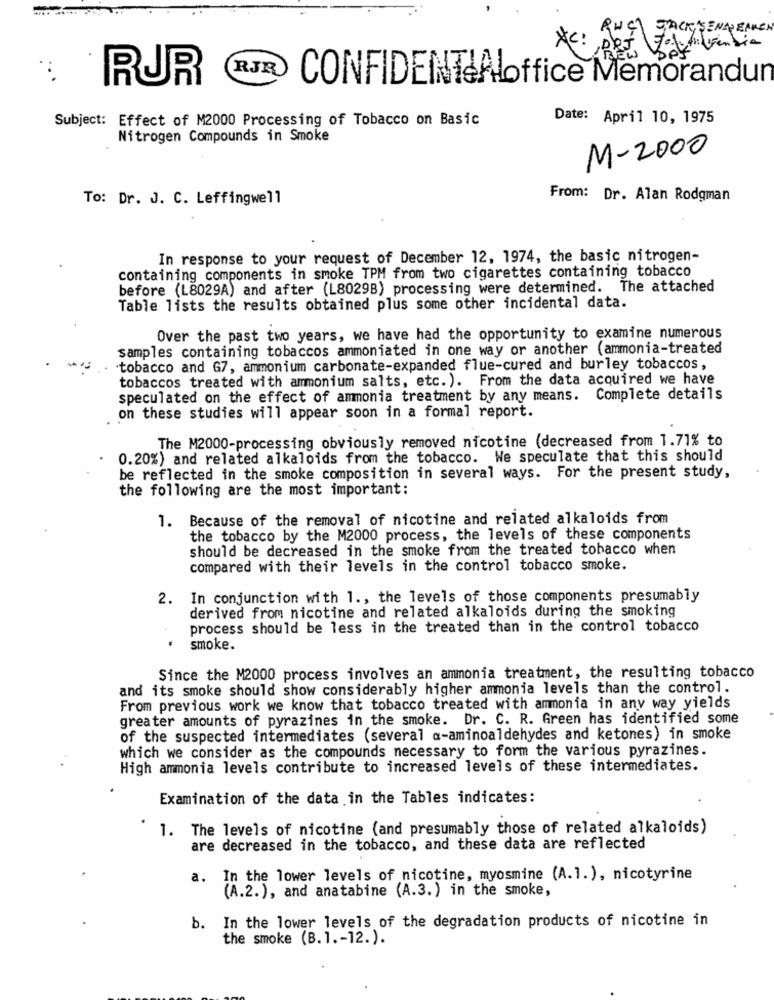
RUCI JACK, SENAPEAREN
XC: PRETO Vendia
(RJR
RUR
CONFIDENT&Aloffice Memorandun
Subject: Effect of M2000 Processing of Tobacco on Basic
Date: April 10, 1975
Nitrogen Compounds in Smoke
M-2000
To: Dr. J. C. Leffingwell
From: Dr. Alan Rodgman
In response to your request of December 12, 1974, the basic nitrogen-
containing components in smoke TPM from two cigarettes containing tobacco
before (L8029A) and after (L8029B) processing were determined. The attached
Table lists the results obtained plus some other incidental data.
Over the past two years, we have had the opportunity to examine numerous
samples containing tobaccos ammoniated in one way or another (ammonia-treated
. tobacco and G7, ammonium carbonate-expanded flue-cured and burley tobaccos,
tobaccos treated with ammonium salts, etc. ). From the data acquired we have
speculated on the effect of ammonia treatment by any means. Complete details
on these studies will appear soon in a formal report.
The M2000-processing obviously removed nicotine (decreased from 1.71% to
0.20%) and related alkaloids from the tobacco. We speculate that this should
be reflected in the smoke composition in several ways. For the present study,
the following are the most important:
1. Because of the removal of nicotine and related alkaloids from
the tobacco by the M2000 process, the levels of these components
should be decreased in the smoke from the treated tobacco when
compared with their levels in the control tobacco smoke.
2. In conjunction with 1 ., the levels of those components presumably
derived from nicotine and related alkaloids during the smoking
process should be less in the treated than in the control tobacco
smoke.
Since the M2000 process involves an ammonia treatment, the resulting tobacco
and its smoke should show considerably higher ammonia levels than the control.
From previous work we know that tobacco treated with ammonia in any way yields
greater amounts of pyrazines in the smoke. Dr. C. R. Green has identified some
of the suspected intermediates (several a-aminoaldehydes and ketones) in smoke
which we consider as the compounds necessary to form the various pyrazines.
High ammonia levels contribute to increased levels of these intermediates.
Examination of the data in the Tables indicates:
1. The levels of nicotine (and presumably those of related alkaloids)
are decreased in the tobacco, and these data are reflected
a.
In the lower levels of nicotine, myosmine (A.1.), nicotyrine
(A.2.), and anatabine (A.3.) in the smoke,
b. In the lower levels of the degradation products of nicotine in
the smoke (B. 1 .- 12.).